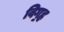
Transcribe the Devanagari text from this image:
विग॒ह